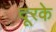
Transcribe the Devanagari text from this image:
दूरके